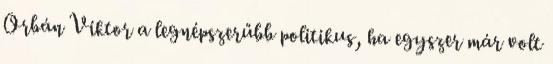
Orbán Viktor a legnépszerűbb politikus, ha egyszer már volt